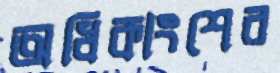
অধিকাংশের